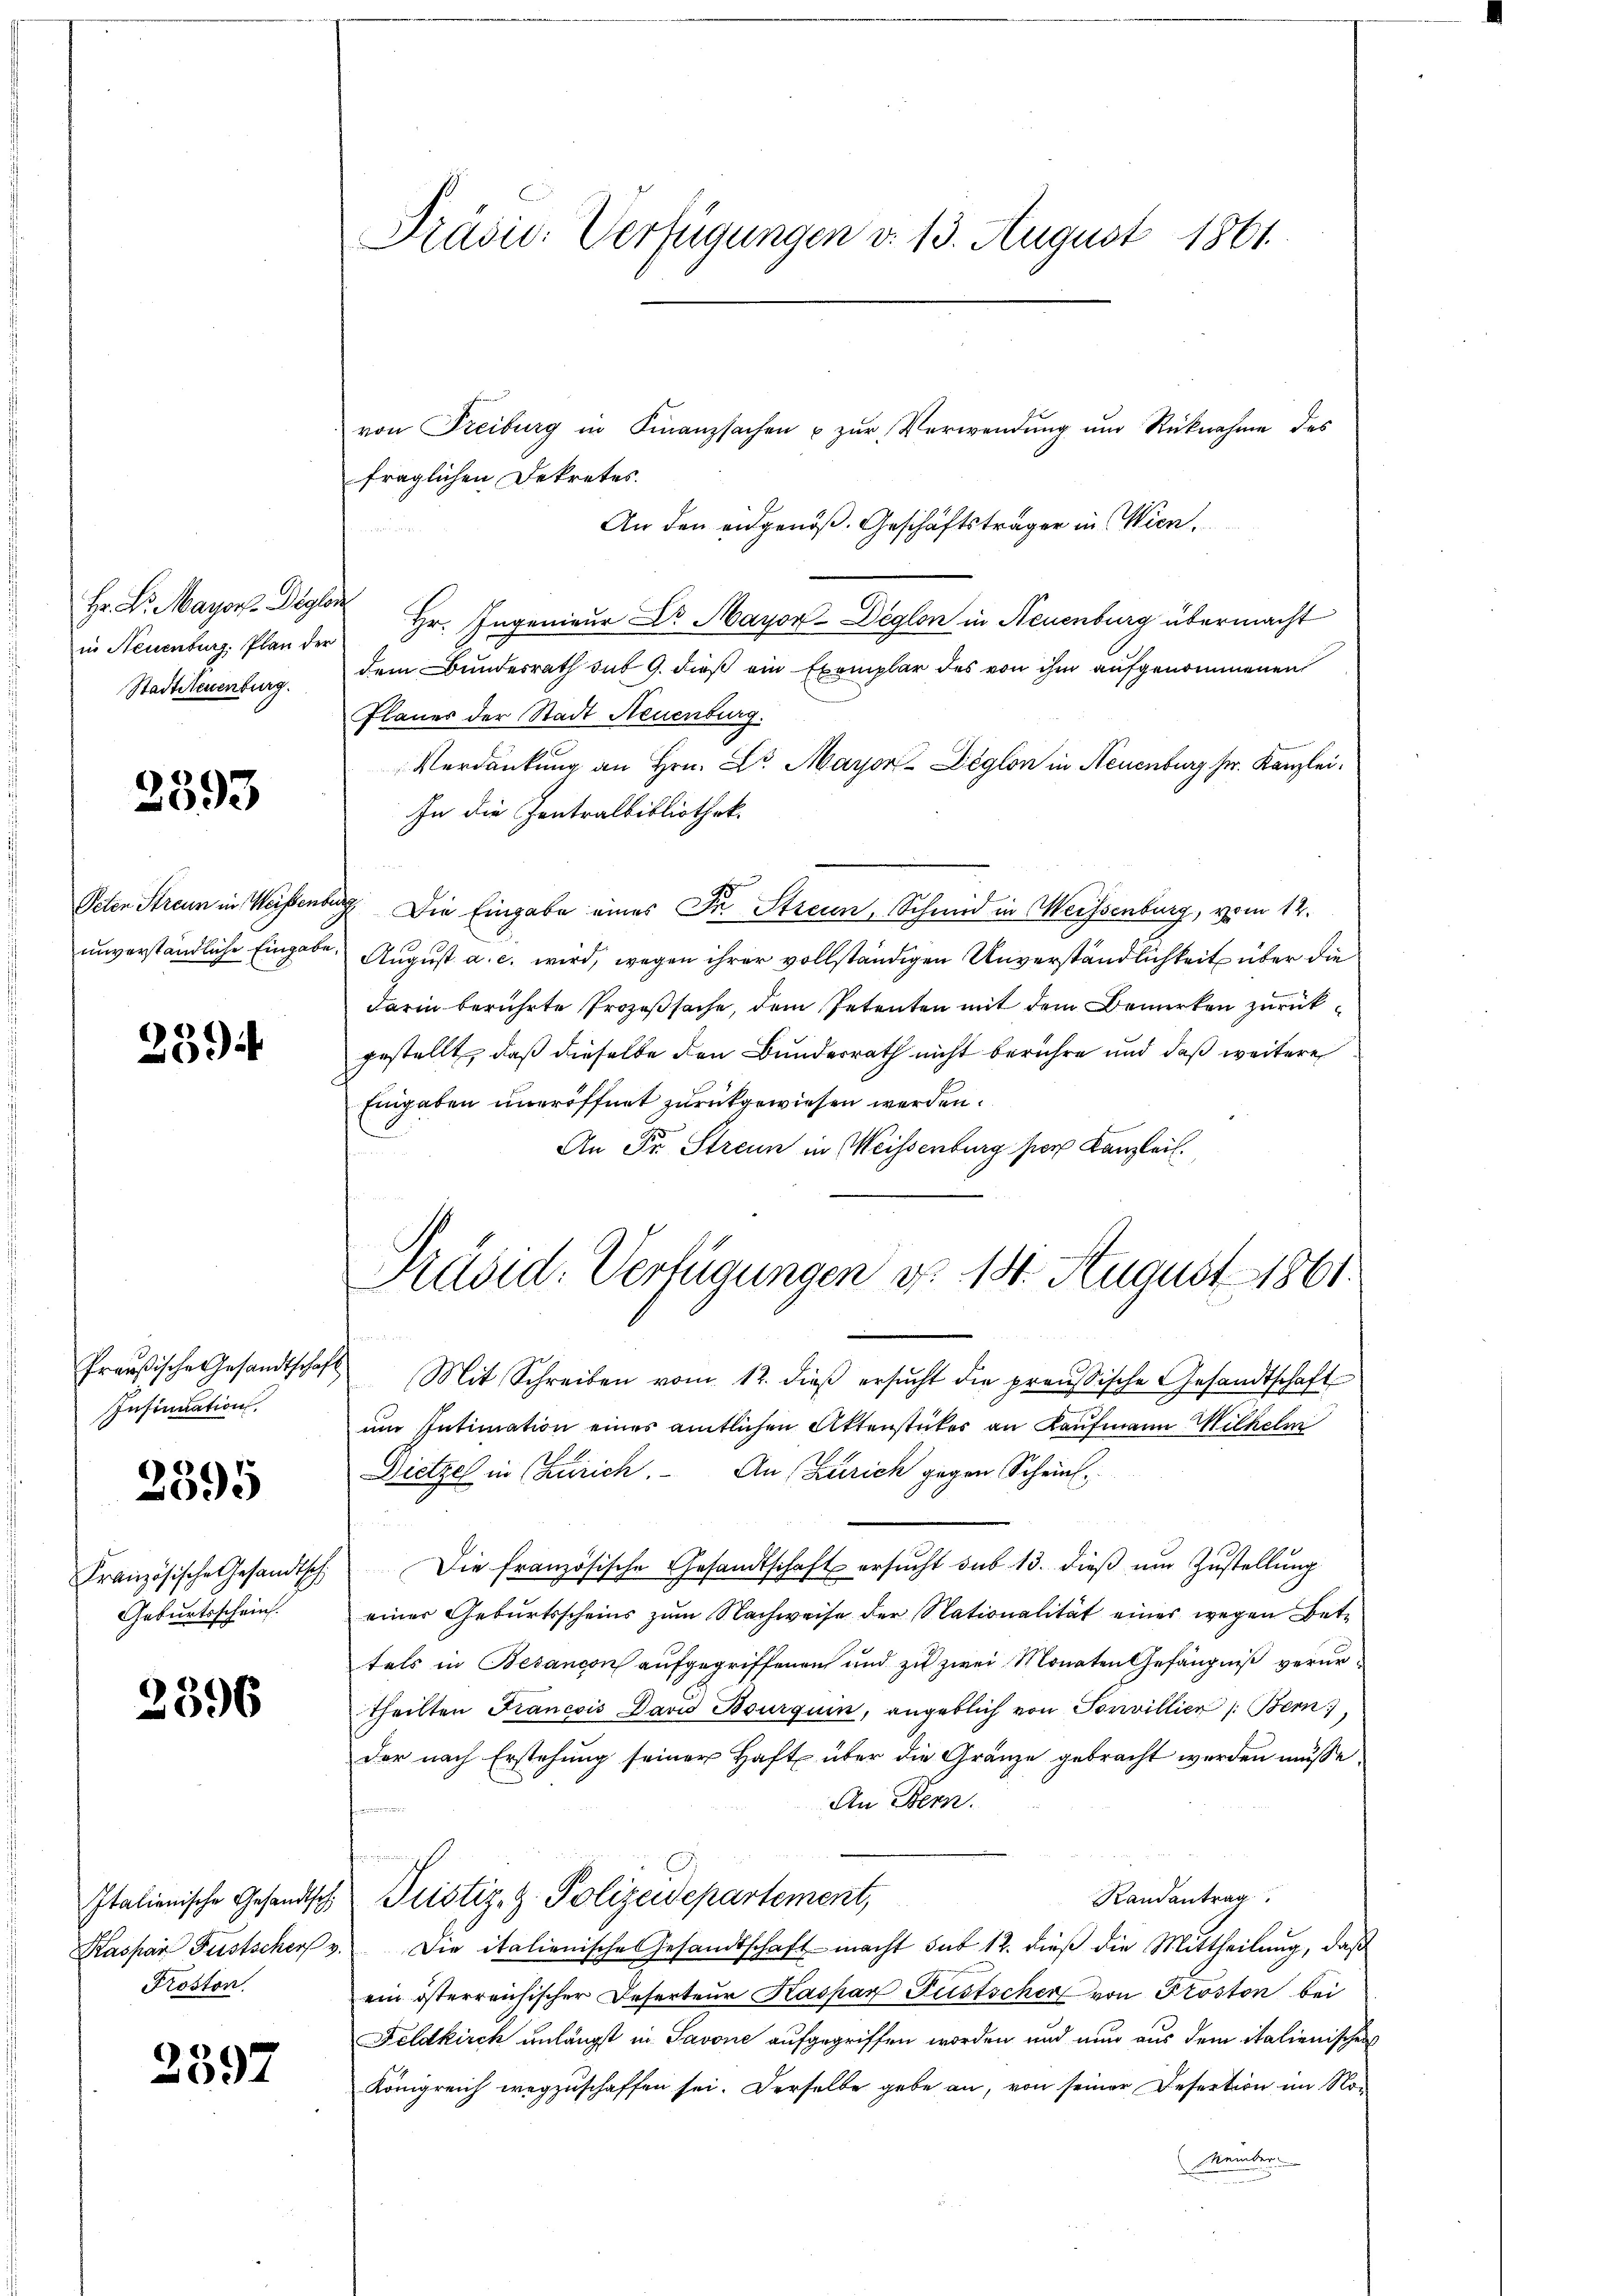
Hr. L. Mayors Begler
in Neuenburg. Plan der
Stadtseuenburg.

2393

Peten Streun in Weissen
unverständliche Eingab

2394

Preußische Gesandtscha
Insinuation.

2595

Französische Gesandtsch
Geburtsschein.

2396

Italienische Gesandtsch
Kaspar Festscherf
Proston.

2397

Präsic: Verfügungen d. 13. August 1861.

von Freiburg in Finanzsachen u zŭr Verwendŭng ŭm Rücknahme des
fraglichen Dekretes.
An den eidgenöß. Geschäftsträger in Wien,
Hr. Ingenieur Dr. Mayor-Deglon in Neuenburg übermacht
dem Bundesrath sub 9. dieß ein Exemplar des von ihm aufgenommenen
Flanes der Stadt Neuenburg.
Verdankung an Hrn. Dr. Mayor-Deglon in Neuenburg sr. Kanzlei.
In die Zentralbibliothek.
 Die Eingabe eines Dr. Strein, Schmid in Weissenburg, vom 12.
August a. c. wird, wegen ihrer vollständigen Unverständlichkeit über die
darin berührte Prozeßsache, dem Petenten mit dem Bemerken zurückgestellt, daß dieselbe den Bundesrath nicht berühre und daß weitere
Eingaben uneröffnet zurückgewiesen werden.
An Fr. Strenn in Weissenburg per Kanzlei.
Mit Schreiben vom 12. dieβ ersŭcht die preussische Gesandtschaft
um Intimation eines amtlichen Aktenstriker an Kaufmann Wilhelm
Dietze in Zürich. An Zürich gegen Scheinl
Die französische Gesandtschaft ersucht sub 13. dieß um Zustellung
einer Geburtsscheins zum Nachweise der Nationalität eines wegen Bettels in Besancon aufgegriffenen und zu zwei Monaten Gefängniß verurtheilten Francois Davis Bourquin, angeblich von Sorvillier /: Bern,
der nach Erstehung seiner Haft über die Gränze gebracht werden müsse
An Bern.

Randantrag
"Justiz- & Polizeidepartement,
v. Die italienisches Gesandtschaft macht sub 12. dieβ die Mittheilŭng, daß
ein österreichischer Deserteur Kaspar Festscher von Proston bei
Feldkirch unlängst in Savone aufgegriffen worden und nun aus dem italienischen
Königreich wegzuschaffen sei. Derselbe gebe an, von seiner Desertion im No
Sember

Präsid. Verfügungen d. 14. August 1861.